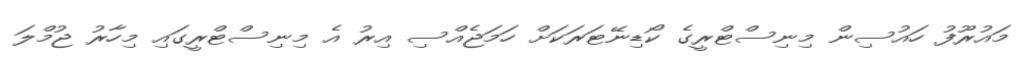
މައުރޫފު ހައުސިން މިނިސްޓްރީގެ ކޯޑިނޭޓަރަކަށް ހަމަޖެއްސި އިރު އެ މިނިސްޓްރީގައި މިހާރު ޖުމްލަ